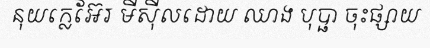
នុយក្លេអ៊ែរ មីស៊ីលដោយ ឈាង បុប្ផា ចុះផ្សាយ